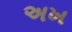
અખ